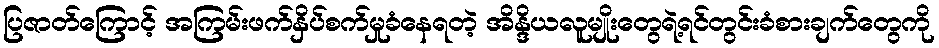
ပြဇာတ်ကြောင့် အကြမ်းဖက်နှိပ်စက်မှုခံနေရတဲ့ အိန္ဒိယလူမျိုးတွေရဲ့ရင်တွင်းခံစားချက်တွေကို